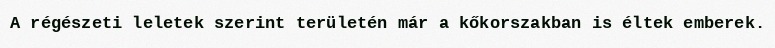
A régészeti leletek szerint területén már a kőkorszakban is éltek emberek.